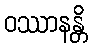
ဝဿာနန္တိ